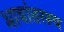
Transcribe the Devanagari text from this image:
भाषांतररूप